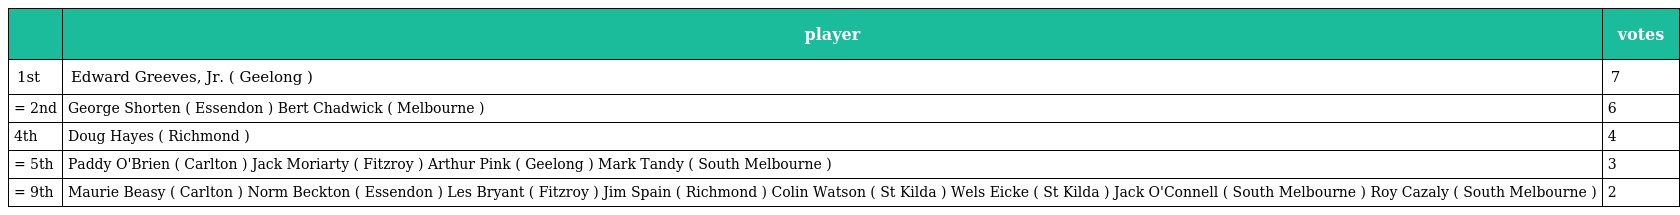
|  | player | votes |
 | --- | --- | --- |
 | 1st | Edward Greeves, Jr. ( Geelong ) | 7 |
 | = 2nd | George Shorten ( Essendon ) Bert Chadwick ( Melbourne ) | 6 |
 | 4th | Doug Hayes ( Richmond ) | 4 |
 | = 5th | Paddy O'Brien ( Carlton ) Jack Moriarty ( Fitzroy ) Arthur Pink ( Geelong ) Mark Tandy ( South Melbourne ) | 3 |
 | = 9th | Maurie Beasy ( Carlton ) Norm Beckton ( Essendon ) Les Bryant ( Fitzroy ) Jim Spain ( Richmond ) Colin Watson ( St Kilda ) Wels Eicke ( St Kilda ) Jack O'Connell ( South Melbourne ) Roy Cazaly ( South Melbourne ) | 2 |